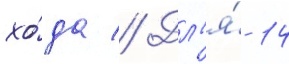
хо́да // Дл'я́ 14